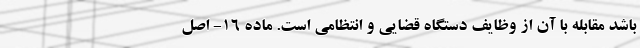
باشد مقابله با آن از وظایف دستگاه قضایی و انتظامی است. ماده ۱۶- اصل